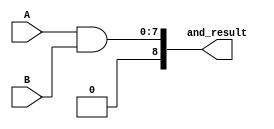
module and_g (input[7:0] A,B,output reg[8:0] and_result);
always @ (*)
 begin
  and_result<=A&B;
end
endmodule